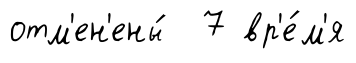
отм'ен'ены́ 7 вр'е́м'я